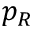
p _ { R }